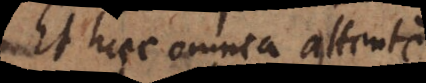
Et haec omnia attente